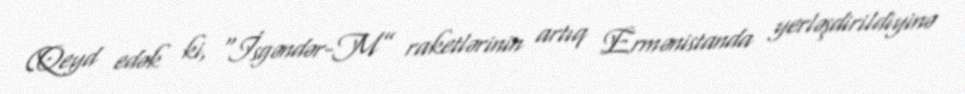
(Qeyd edək ki, “İsgəndər-M” raketlərinin artıq Ermənistanda yerləşdirildiyinə